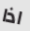
اذا